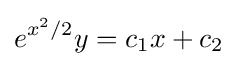
e^{x^{2}/2}y=c_{1}x+c_{2}